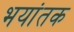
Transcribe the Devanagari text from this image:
भयांतक